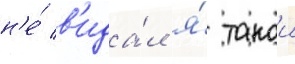
н'е́ в'ида́л я́ такои